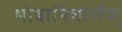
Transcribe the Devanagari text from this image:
भोबानिचोरॉण्